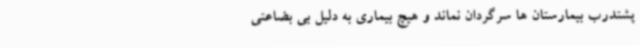
پشتدرب بیمارستان ها سرگردان نماند و هیچ بیماری به دلیل بی بضاعتی